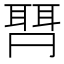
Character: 𱻽